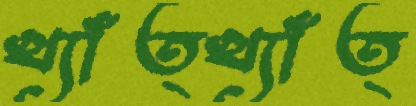
খ্যাঁত্খ্যাঁত্